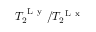
T _ { 2 } ^ { \mathrm { ~ L ~ y ~ } } / T _ { 2 } ^ { \mathrm { ~ L ~ x ~ } }